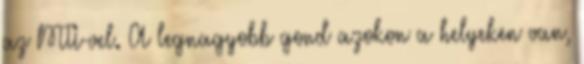
az MTI-vel. A legnagyobb gond azokon a helyeken van,